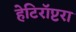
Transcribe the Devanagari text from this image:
हेटिरॉप्टरा